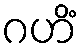
ဂဟိံ